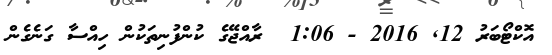
އޮކްޓޯބަރު 12